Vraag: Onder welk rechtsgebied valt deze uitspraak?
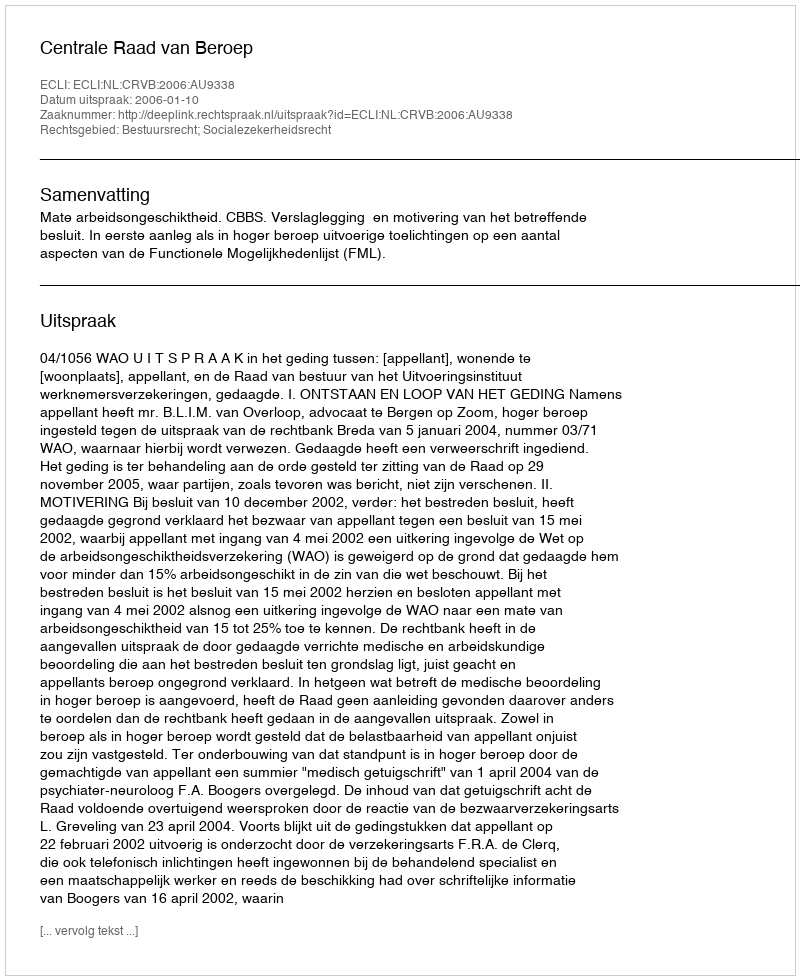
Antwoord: Bestuursrecht; Socialezekerheidsrecht